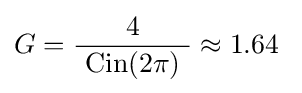
G={\frac {4}{\ \operatorname {Cin} (2\pi )\ }}\approx 1.64~